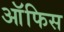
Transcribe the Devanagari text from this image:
आॅफिस